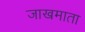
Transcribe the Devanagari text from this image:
जाखमाता